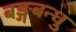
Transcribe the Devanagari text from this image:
बङ्गबन्धु